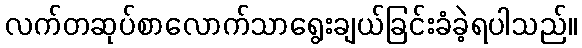
လက်တဆုပ်စာလောက်သာရွေးချယ်ခြင်းခံခဲ့ရပါသည်။